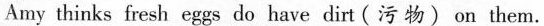
Amy thinks fresh eggs do have dirt (污 物) on them.